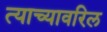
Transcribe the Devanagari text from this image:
त्याच्यावरिल